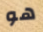
هو